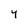
Character: Y